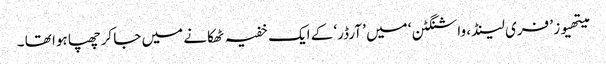
میتھیوز ’ فری لینڈ ، واشنگٹن ‘ میں ’ آرڈر‘ کے ایک خفیہ ٹھکانے میں جا کرچھپا ہوا تھا ۔